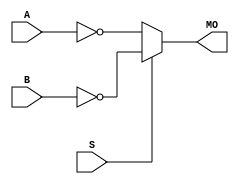
module cycloneive_nmux21 (MO, A, B, S);
   input A, B, S; 
   output MO; 
   assign MO = (S == 1) ? ~B : ~A; 
endmodule